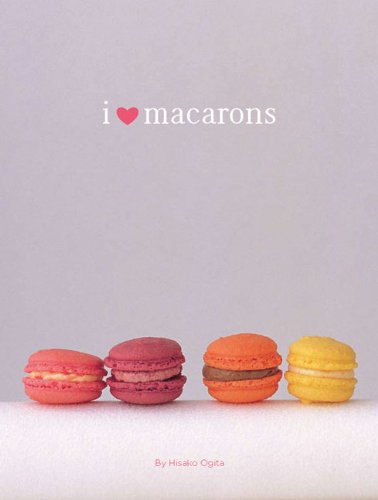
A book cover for I Love Macarons; Hisako Ogita; Cookbooks, Food & Wine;